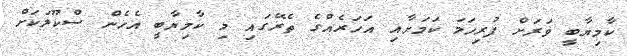
ކާމިޔާބީ ވަރަށް ފުރިހަމަ ކަމަށާއި އަހަރެއްގެ ތެރޭގައި މި ކާމިޔާބީ އެހެން ސްކޫލަކަށް